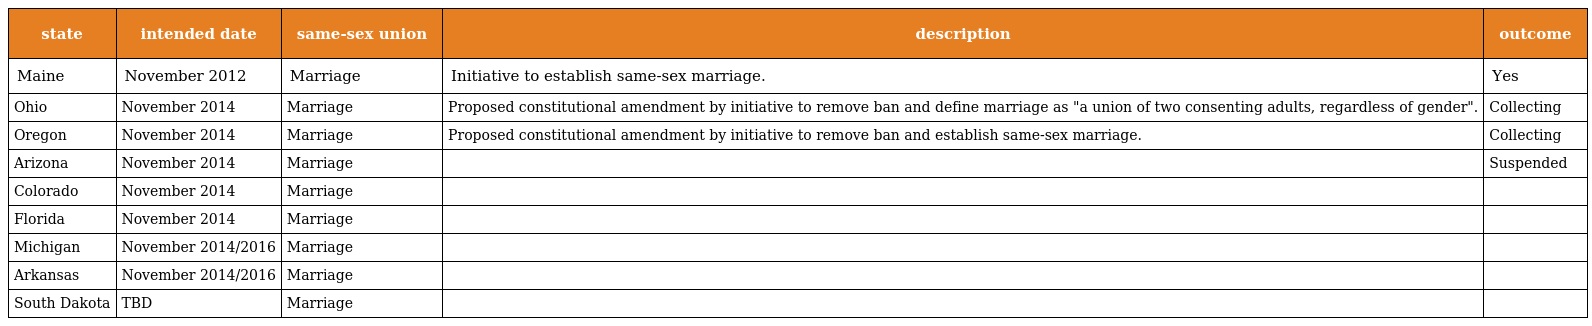
| state | intended date | same-sex union | description | outcome |
 | --- | --- | --- | --- | --- |
 | Maine | November 2012 | Marriage | Initiative to establish same-sex marriage. | Yes |
 | Ohio | November 2014 | Marriage | Proposed constitutional amendment by initiative to remove ban and define marriage as "a union of two consenting adults, regardless of gender". | Collecting |
 | Oregon | November 2014 | Marriage | Proposed constitutional amendment by initiative to remove ban and establish same-sex marriage. | Collecting |
 | Arizona | November 2014 | Marriage |  | Suspended |
 | Colorado | November 2014 | Marriage |  |  |
 | Florida | November 2014 | Marriage |  |  |
 | Michigan | November 2014/2016 | Marriage |  |  |
 | Arkansas | November 2014/2016 | Marriage |  |  |
 | South Dakota | TBD | Marriage |  |  |